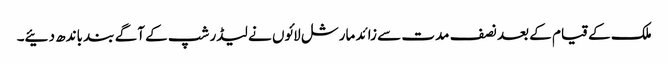
ملک کے قیام کے بعد نصف مدت سے زائد مارشل لائوں نے لیڈر شپ کے آگے بند باندھ دئیے۔